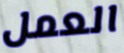
العمل